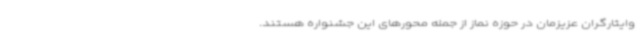
وایثارگران عزیزمان در حوزه نماز از جمله محورهای این جشنواره هستند.